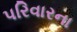
પરિવારના